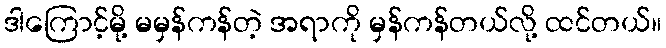
ဒါကြောင့်မို့ မမှန်ကန်တဲ့ အရာကို မှန်ကန်တယ်လို့ ထင်တယ်။